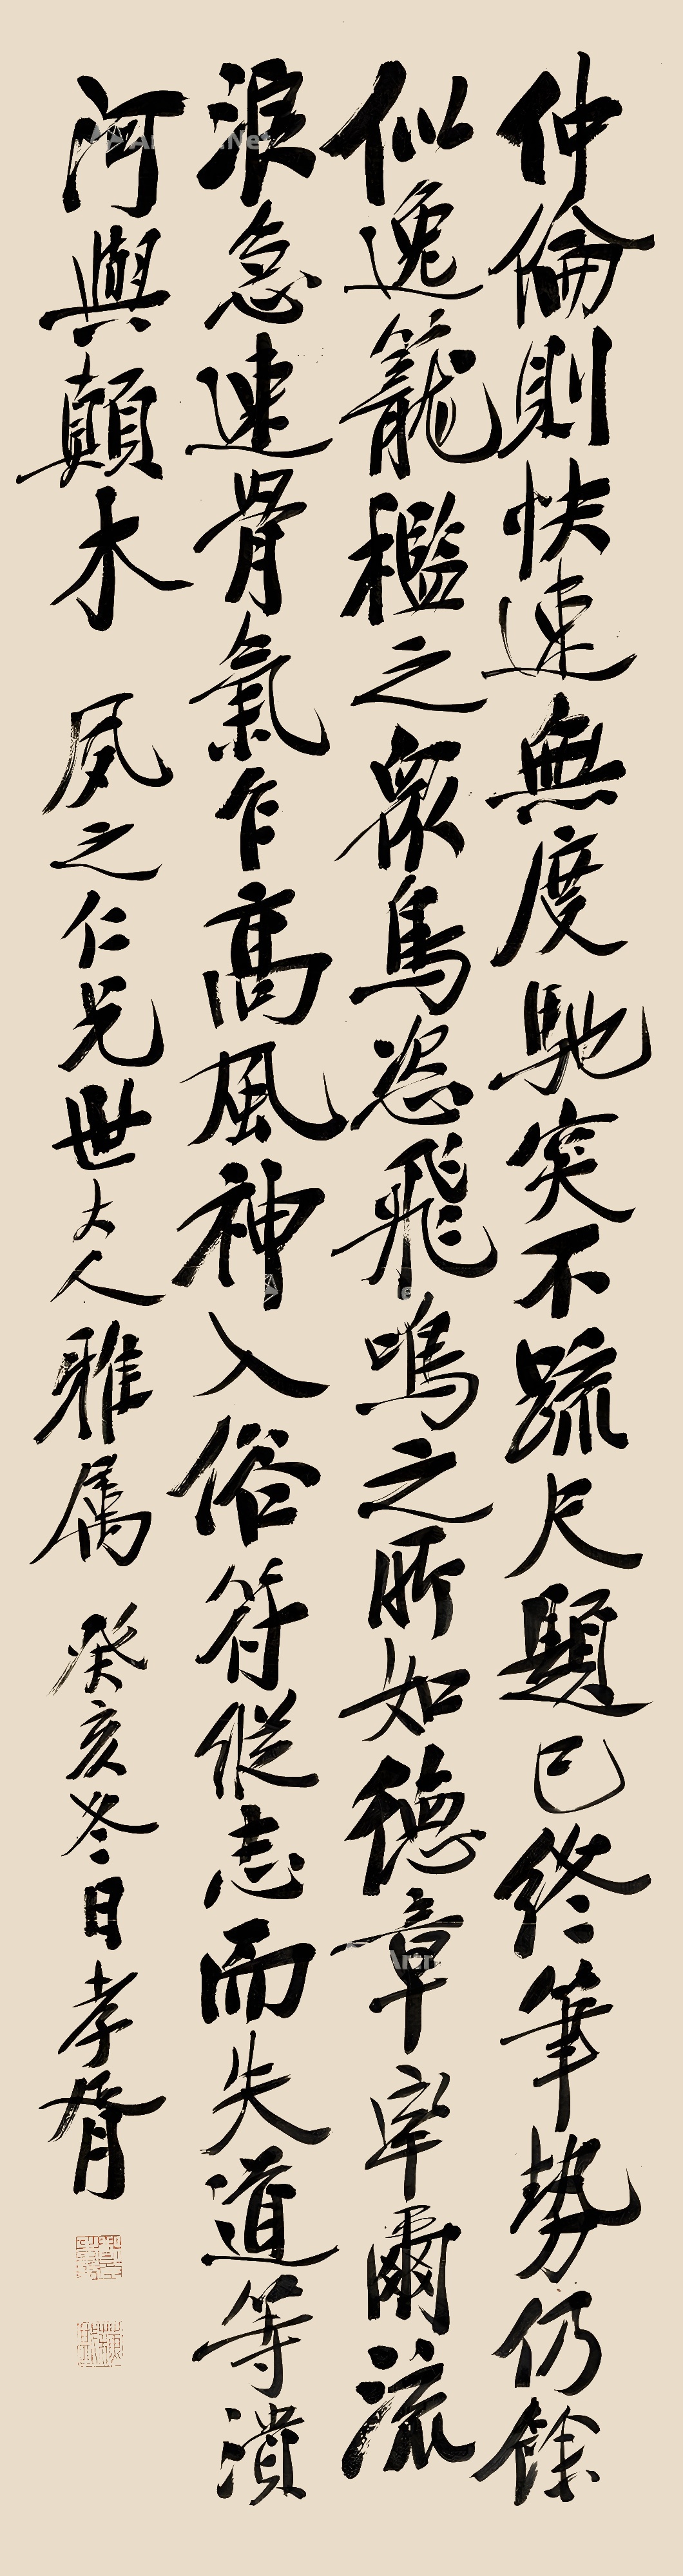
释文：仲伦则快速无度，驰突不疏。尺题已终，笔势仍余。似逸笼槛之众鸟，恣飞鸣之所如。德章率尔，流浪急速。骨气乍高，风神入俗。符纵志而失道，等溃河与颠木。夙之仁兄世大人雅属。癸亥冬日，孝胥。(郑氏孝胥、苏戡)